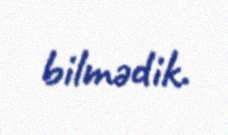
bilmədik.